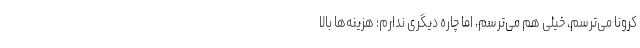
کرونا می‌ترسم، خیلی هم می‌ترسم، اما چاره دیگری ندارم؛ هزینه‌ها بالا